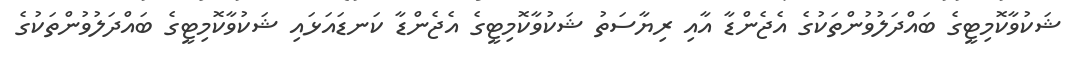
ޝަކުވާކޮމިޓީގެ ބައްދަލުވުންތަކުގެ އެޖެންޑާ އާއި ރިޔާސަތު ޝަކުވާކޮމިޓީގެ އެޖެންޑާ ކަނޑައަޅައި ޝަކުވާކޮމިޓީގެ ބައްދަލުވުންތަކުގެ